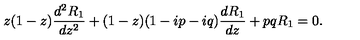
z ( 1 - z ) { \frac { d ^ { 2 } R _ { 1 } } { d z ^ { 2 } } } + ( 1 - z ) ( 1 - i p - i q ) { \frac { d R _ { 1 } } { d z } } + p q R _ { 1 } = 0 .